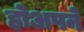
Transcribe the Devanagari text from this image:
होअपने